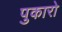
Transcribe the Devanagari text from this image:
पुकारो